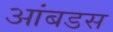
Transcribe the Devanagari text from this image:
आंबडस